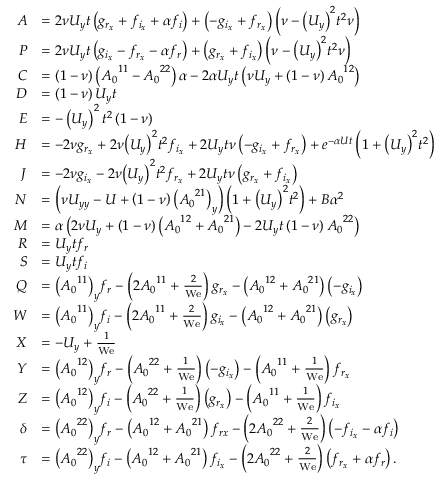
\begin{array} { r l } { { A } } & { = 2 \nu { U _ { y } } t \left( g _ { r _ { x } } + f _ { i _ { x } } + \alpha f _ { i } \right) + \left( - g _ { i _ { x } } + f _ { r _ { x } } \right) \left( \nu - { \left( { U _ { y } } \right) } ^ { 2 } t ^ { 2 } \nu \right) } \\ { { P } } & { = 2 \nu { U _ { y } } t \left( g _ { i _ { x } } - f _ { r _ { x } } - \alpha f _ { r } \right) + \left( g _ { r _ { x } } + f _ { i _ { x } } \right) \left( \nu - { \left( { U _ { y } } \right) } ^ { 2 } t ^ { 2 } \nu \right) } \\ { { C } } & { = \left( 1 - \nu \right) \left( { A _ { 0 } } ^ { 1 1 } - { A _ { 0 } } ^ { 2 2 } \right) \alpha - 2 \alpha { U _ { y } } t \left( \nu { U _ { y } } + \left( 1 - \nu \right) { A _ { 0 } } ^ { 1 2 } \right) } \\ { { D } } & { = \left( 1 - \nu \right) { U _ { y } } t } \\ { { E } } & { = - \left( { { U _ { y } } } \right) ^ { 2 } t ^ { 2 } \left( 1 - \nu \right) } \\ { { H } } & { = - 2 \nu g _ { r _ { x } } + 2 \nu { \left( { U _ { y } } \right) } ^ { 2 } t ^ { 2 } f _ { i _ { x } } + 2 { U _ { y } } t \nu \left( - g _ { i _ { x } } + f _ { r _ { x } } \right) + e ^ { - \alpha U t } \left( 1 + { { \left( U _ { y } \right) } } ^ { 2 } t ^ { 2 } \right) } \\ { { J } } & { = - 2 \nu g _ { i _ { x } } - 2 \nu { \left( { U _ { y } } \right) } ^ { 2 } t ^ { 2 } f _ { r _ { x } } + 2 { U _ { y } } t \nu \left( g _ { r _ { x } } + f _ { i _ { x } } \right) } \\ { { N } } & { = \left( \nu { U _ { y y } } - U + \left( 1 - \nu \right) { { \left( { A _ { 0 } } ^ { 2 1 } \right) } _ { y } } \right) \left( 1 + { { \left( U _ { y } \right) } } ^ { 2 } t ^ { 2 } \right) + B \alpha ^ { 2 } } \\ { { M } } & { = \alpha \left( 2 \nu { U _ { y } } + \left( 1 - \nu \right) \left( { A _ { 0 } } ^ { 1 2 } + { A _ { 0 } } ^ { 2 1 } \right) - 2 { U _ { y } } t \left( 1 - \nu \right) { A _ { 0 } } ^ { 2 2 } \right) } \\ { { R } } & { = { U _ { y } } t f _ { r } } \\ { { S } } & { = { U _ { y } } t f _ { i } } \\ { { Q } } & { = { { \left( { A _ { 0 } } ^ { 1 1 } \right) } _ { y } } f _ { r } - \left( 2 { A _ { 0 } } ^ { 1 1 } + \frac { 2 } { \mathrm { W e } } \right) g _ { r _ { x } } - \left( { A _ { 0 } } ^ { 1 2 } + { A _ { 0 } } ^ { 2 1 } \right) \left( - g _ { i _ { x } } \right) } \\ { { W } } & { = { { \left( { A _ { 0 } } ^ { 1 1 } \right) } _ { y } } f _ { i } - \left( 2 { A _ { 0 } } ^ { 1 1 } + \frac { 2 } { \mathrm { W e } } \right) g _ { i _ { x } } - \left( { A _ { 0 } } ^ { 1 2 } + { A _ { 0 } } ^ { 2 1 } \right) \left( g _ { r _ { x } } \right) } \\ { { X } } & { = - { U _ { y } } + \frac { 1 } { \mathrm { W e } } } \\ { { Y } } & { = { { \left( { A _ { 0 } } ^ { 1 2 } \right) } _ { y } } f _ { r } - \left( { A _ { 0 } } ^ { 2 2 } + \frac { 1 } { \mathrm { W e } } \right) \left( - g _ { i _ { x } } \right) - \left( { A _ { 0 } } ^ { 1 1 } + \frac { 1 } { \mathrm { W e } } \right) f _ { r _ { x } } } \\ { { Z } } & { = { { \left( { A _ { 0 } } ^ { 1 2 } \right) } _ { y } } f _ { i } - \left( { A _ { 0 } } ^ { 2 2 } + \frac { 1 } { \mathrm { W e } } \right) \left( g _ { r _ { x } } \right) - \left( { A _ { 0 } } ^ { 1 1 } + \frac { 1 } { \mathrm { W e } } \right) f _ { i _ { x } } } \\ { { \delta } } & { = { { \left( { A _ { 0 } } ^ { 2 2 } \right) } _ { y } } f _ { r } - \left( { A _ { 0 } } ^ { 1 2 } + { A _ { 0 } } ^ { 2 1 } \right) f _ { r x } - \left( 2 { A _ { 0 } } ^ { 2 2 } + \frac { 2 } { \mathrm { W e } } \right) \left( - f _ { i _ { x } } - \alpha f _ { i } \right) } \\ { { \tau } } & { = { { \left( { A _ { 0 } } ^ { 2 2 } \right) } _ { y } } f _ { i } - \left( { A _ { 0 } } ^ { 1 2 } + { A _ { 0 } } ^ { 2 1 } \right) f _ { i _ { x } } - \left( 2 { A _ { 0 } } ^ { 2 2 } + \frac { 2 } { \mathrm { W e } } \right) \left( f _ { r _ { x } } + \alpha f _ { r } \right) . } \end{array}